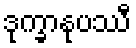
ဒုက္ခာနုပဿီ